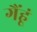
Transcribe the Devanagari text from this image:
गैंहूं